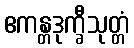
ဧကန္တဒုက္ခီသုတ္တံ